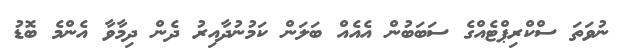
ނުވަތަ ސްކްރިޕްޓެއްގެ ސަބަބުން އެއެއް ބަލަން ކަމުނުދާއިރު ދެން ދިމާވާ އެންމެ ބޮޑު